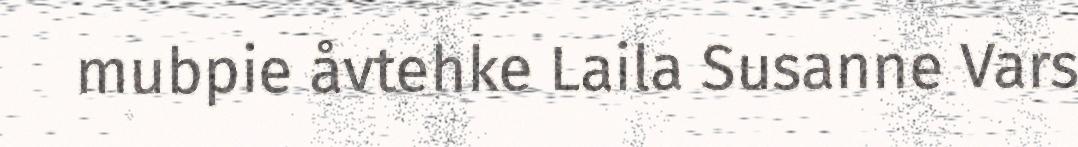
mubpie åvtehke Laila Susanne Vars